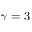
\gamma = 3